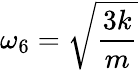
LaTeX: \omega_{6}=\sqrt{\frac{3k}{m}}